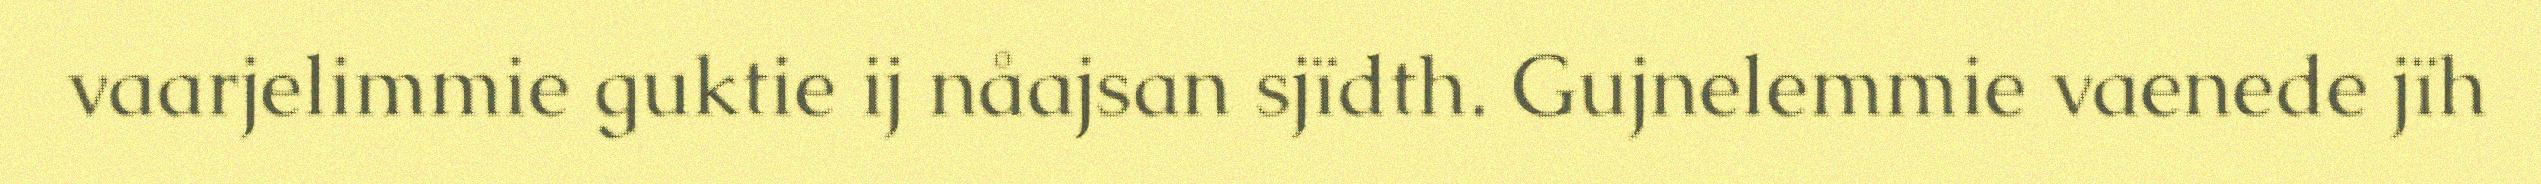
vaarjelimmie guktie ij nåajsan sjïdth. Gujnelemmie vaenede jïh